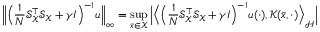
\Big \| \Big ( \frac { 1 } { N } \ensuremath { \mathcal { S } _ { \mathscr { X } } } ^ { \top } \ensuremath { \mathcal { S } _ { \mathscr { X } } } + \gamma I \Big ) ^ { - 1 } u \Big \| _ { \infty } = \operatorname* { s u p } _ { \bar { x } \in \ensuremath { \mathscr { X } } } \Big | \Big \langle \Big ( \frac { 1 } { N } \ensuremath { \mathcal { S } _ { \mathscr { X } } } ^ { \top } \ensuremath { \mathcal { S } _ { \mathscr { X } } } + \gamma I \Big ) ^ { - 1 } u ( \cdot ) , \ensuremath { \mathscr { K } } ( \bar { x } , \cdot ) \Big \rangle _ { \ensuremath { \mathscr { H } } } \Big |